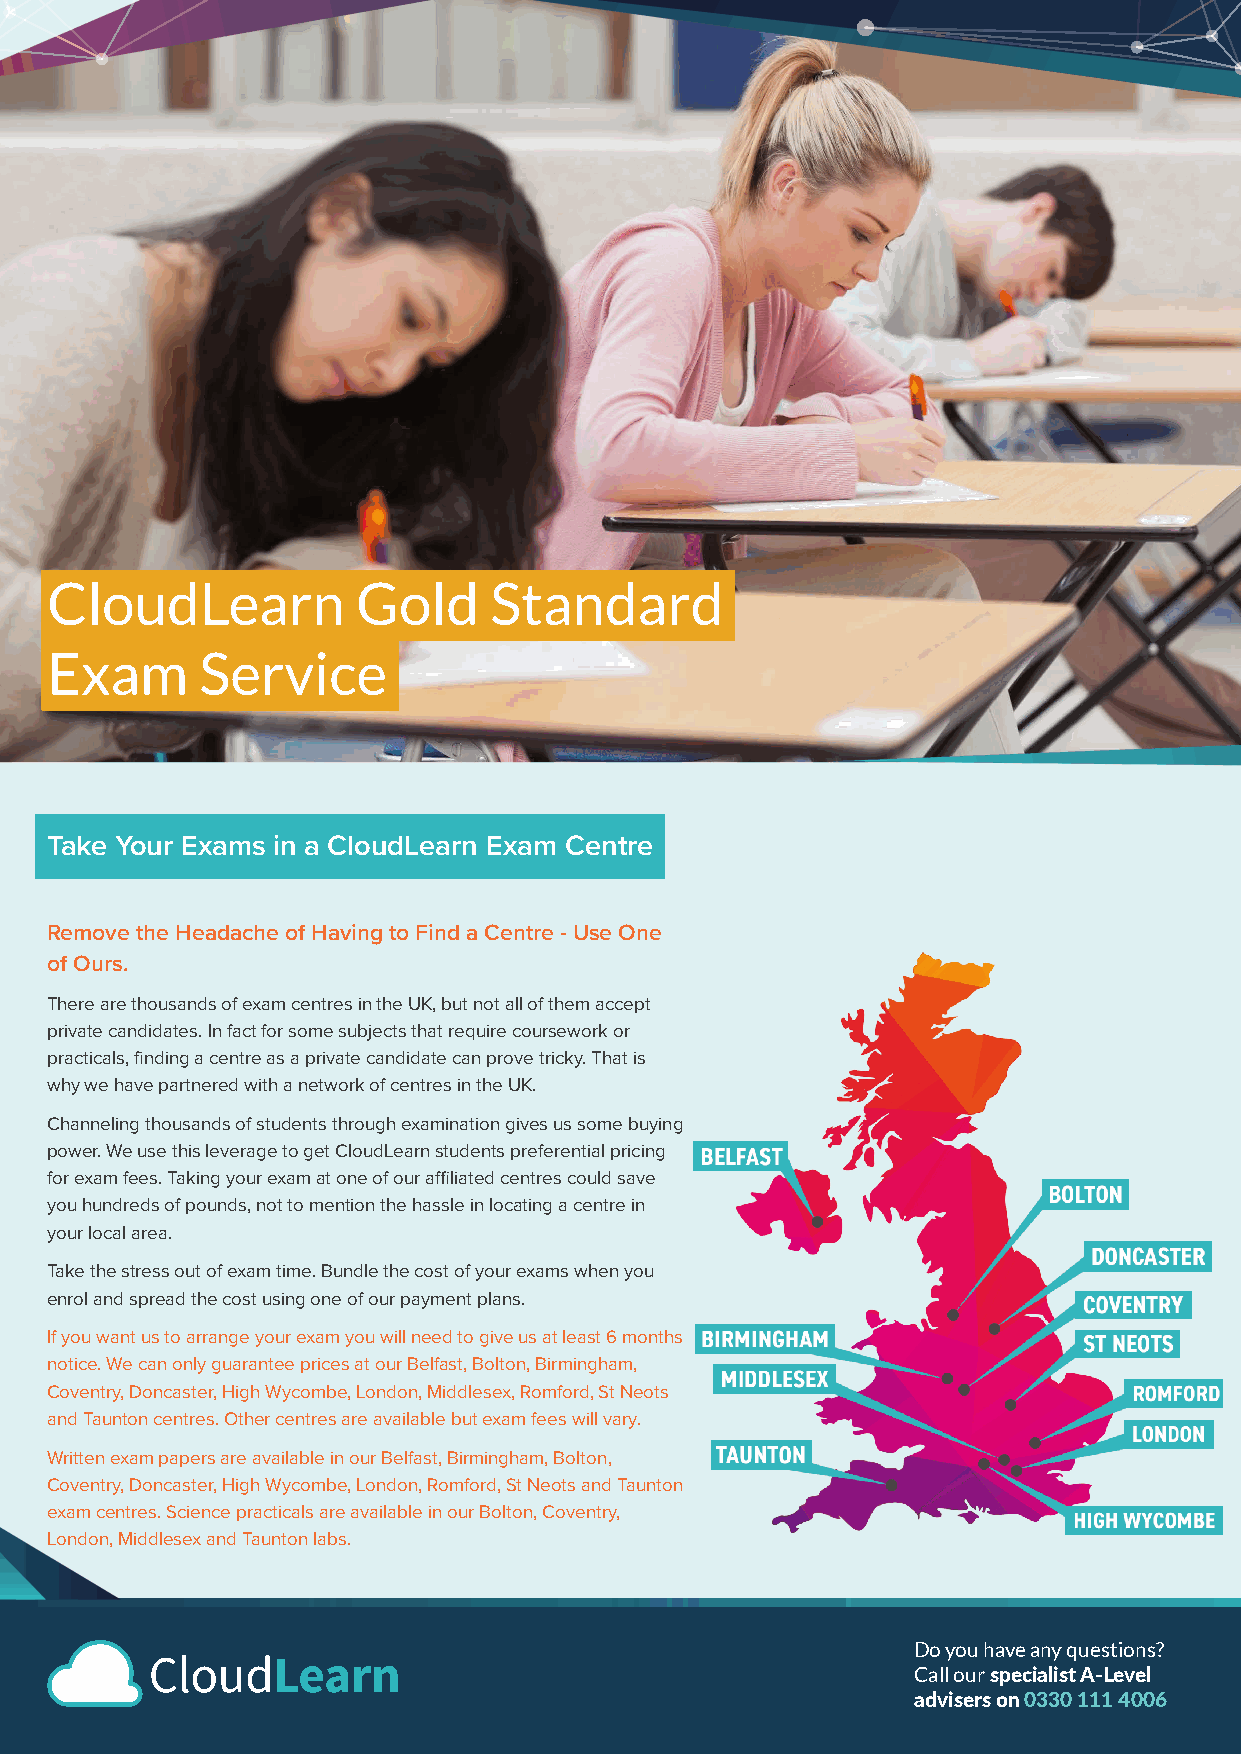
CloudLearn           Gold    Standard
 Exam      Service
 Take Your Exams in a CloudLearn Exam Centre
 Remove the Headache of Having to Find a Centre - Use One
 of Ours.
 There are thousands of exam centres in the UK, but not all of them accept
 private candidates. In fact for some subjects that require coursework or
 practicals, finding a centre as a private candidate can prove tricky. That is
 why we have partnered with a network of centres in the UK.
 Channeling thousands of students through examination gives us some buying
 power. We use this leverage to get CloudLearn students preferential pricing
 for exam fees. Taking your exam at one of our affiliated centres could save
 you hundreds of pounds, not to mention the hassle in locating a centre in
 your local area.
 Take the stress out of exam time. Bundle the cost of your exams when you
 enrol and spread the cost using one of our payment plans.
 If you want us to arrange your exam you will need to give us at least 6 months
 notice. We can only guarantee prices at our Belfast, Bolton, Birmingham,
 Coventry, Doncaster, High Wycombe, London, Middlesex, Romford, St Neots
 and Taunton centres. Other centres are available but exam fees will vary.
 Written exam papers are available in our Belfast, Birmingham, Bolton,
 Coventry, Doncaster, High Wycombe, London, Romford, St Neots and Taunton
 exam centres. Science practicals are available in our Bolton, Coventry,
 London, Middlesex and Taunton labs.
 Do you have any questions?
 Call our specialist A-Level
 advisers on 0330 111 4006